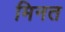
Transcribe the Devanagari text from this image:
मिनत